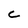
Character: c